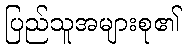
ပြည်သူအများစု၏